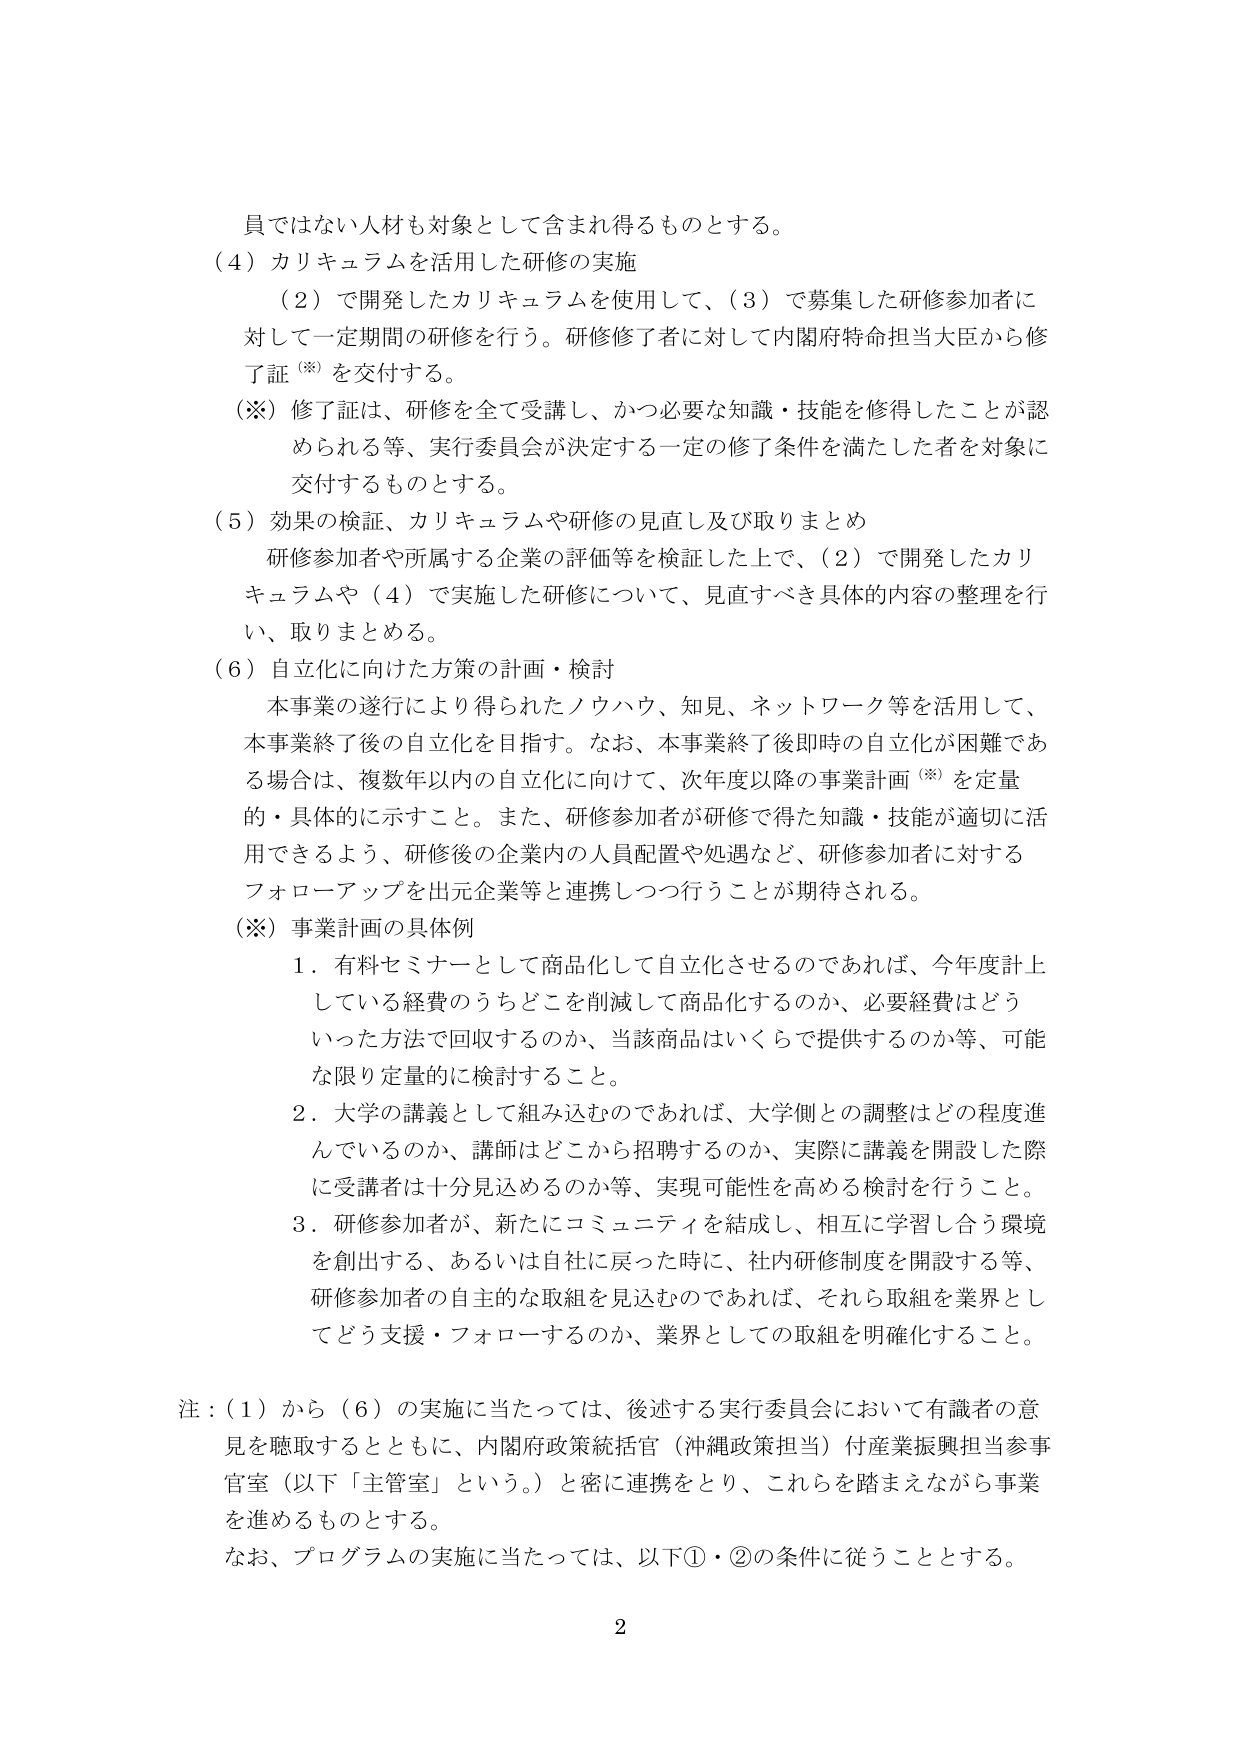
員ではない人材も対象として含まれ得るものとする。

（４）カリキュラムを活用した研修の実施
　　（２）で開発したカリキュラムを使用して、（３）で募集した研修参加者に対して一定期間の研修を行う。研修修了者に対して内閣府特命担当大臣から修了証（※）を交付する。
　　（※）修了証は、研修を全て受講し、かつ必要な知識・技能を修得したことが認められる等、実行委員会が決定する一定の修了条件を満たした者を対象に交付するものとする。

（５）効果の検証、カリキュラムや研修の見直し及び取りまとめ
　　研修参加者や所属する企業の評価等を検証した上で、（２）で開発したカリキュラムや（４）で実施した研修について、見直すべき具体的な内容の整理を行い、取りまとめる。

（６）自立化に向けた方策の計画・検討
　　本事業の遂行により得られたノウハウ、知見、ネットワーク等を活用して、本事業終了後の自立化を目指す。なお、本事業終了後即時の自立化が困難である場合は、複数年以内の自立化に向けて、次年度以降の事業計画（※）を定量的・具体的に示すこと。また、研修参加者が研修で得た知識・技能が適切に活用できるよう、研修後の企業内の人員配置や処遇など、研修参加者に対するフォローアップを出元企業等と連携しつつ行うことが期待される。
　　（※）事業計画の具体例
　　　１．有料セミナーとして商品化して自立化させるのであれば、今年度計上している経費のうちどこを削減して商品化するのか、必要経費はどういった方法で回収するのか、当該商品はいくらで提供するのか等、可能な限り定量的に検討すること。
　　　２．大学の講義として組み込むのであれば、大学側との調整はどの程度進んでいるのか、講師はどこから招聘するのか、実際に講義を開設した際に受講者は十分見込めるのか等、実現可能性を高める検討を行うこと。
　　　３．研修参加者が、新たにコミュニティを結成し、相互に学習し合う環境を創出する、あるいは自社に戻った時に、社内研修制度を開設する等、研修参加者の自主的な取組を見込むのであれば、それら取組を業界としてどう支援・フォローするのか、業界としての取組を明確化すること。

注：（１）から（６）の実施に当たっては、後述する実行委員会において有識者の意見を聴取するとともに、内閣府政策統括官（沖縄政策担当）付産業振興担当参事官室（以下「主管室」という。）と密に連携をとり、これらを踏まえながら事業を進めるものとする。
　　なお、プログラムの実施に当たっては、以下①・②の条件に従うこととする。

2